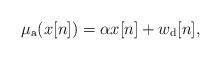
LaTeX: \begin{align*}\mu_{\rm a}(x[n])= \alpha x[n] + w_{\rm d}[n],\end{align*}